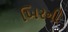
ખિરની